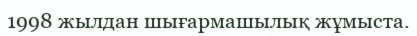
1998 жылдан шығармашылық жұмыста.